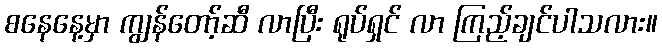
စနေနေ့မှာ ကျွန်တော့်ဆီ လာပြီး ရုပ်ရှင် လာ ကြည့်ချင်ပါသလား။